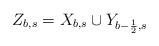
LaTeX: \begin{align*} Z_{b,s}=X_{b,s}\cup Y_{b-\frac{1}{2},s}\end{align*}